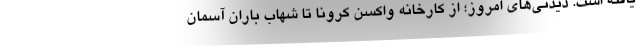
یافته است. دیدنی‌های امروز؛ از کارخانه واکسن کرونا تا شهاب باران آسمان